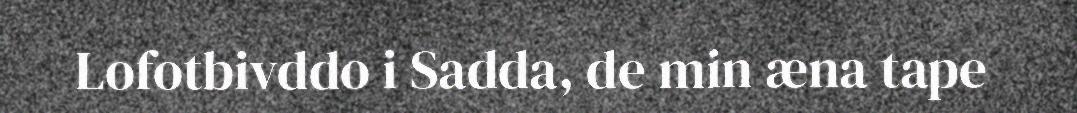
Lofotbivddo i Sadda, de min æna tape